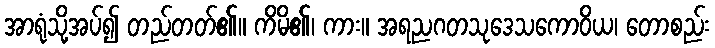
အာရုံသို့အပ်၍ တည်တတ်၏။ ကိမိ၏၊ ကား။ အရညဂတသုဒေသကောဝိယ၊ တောစည်း